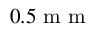
0 . 5 \mathrm { ~ m ~ m ~ }